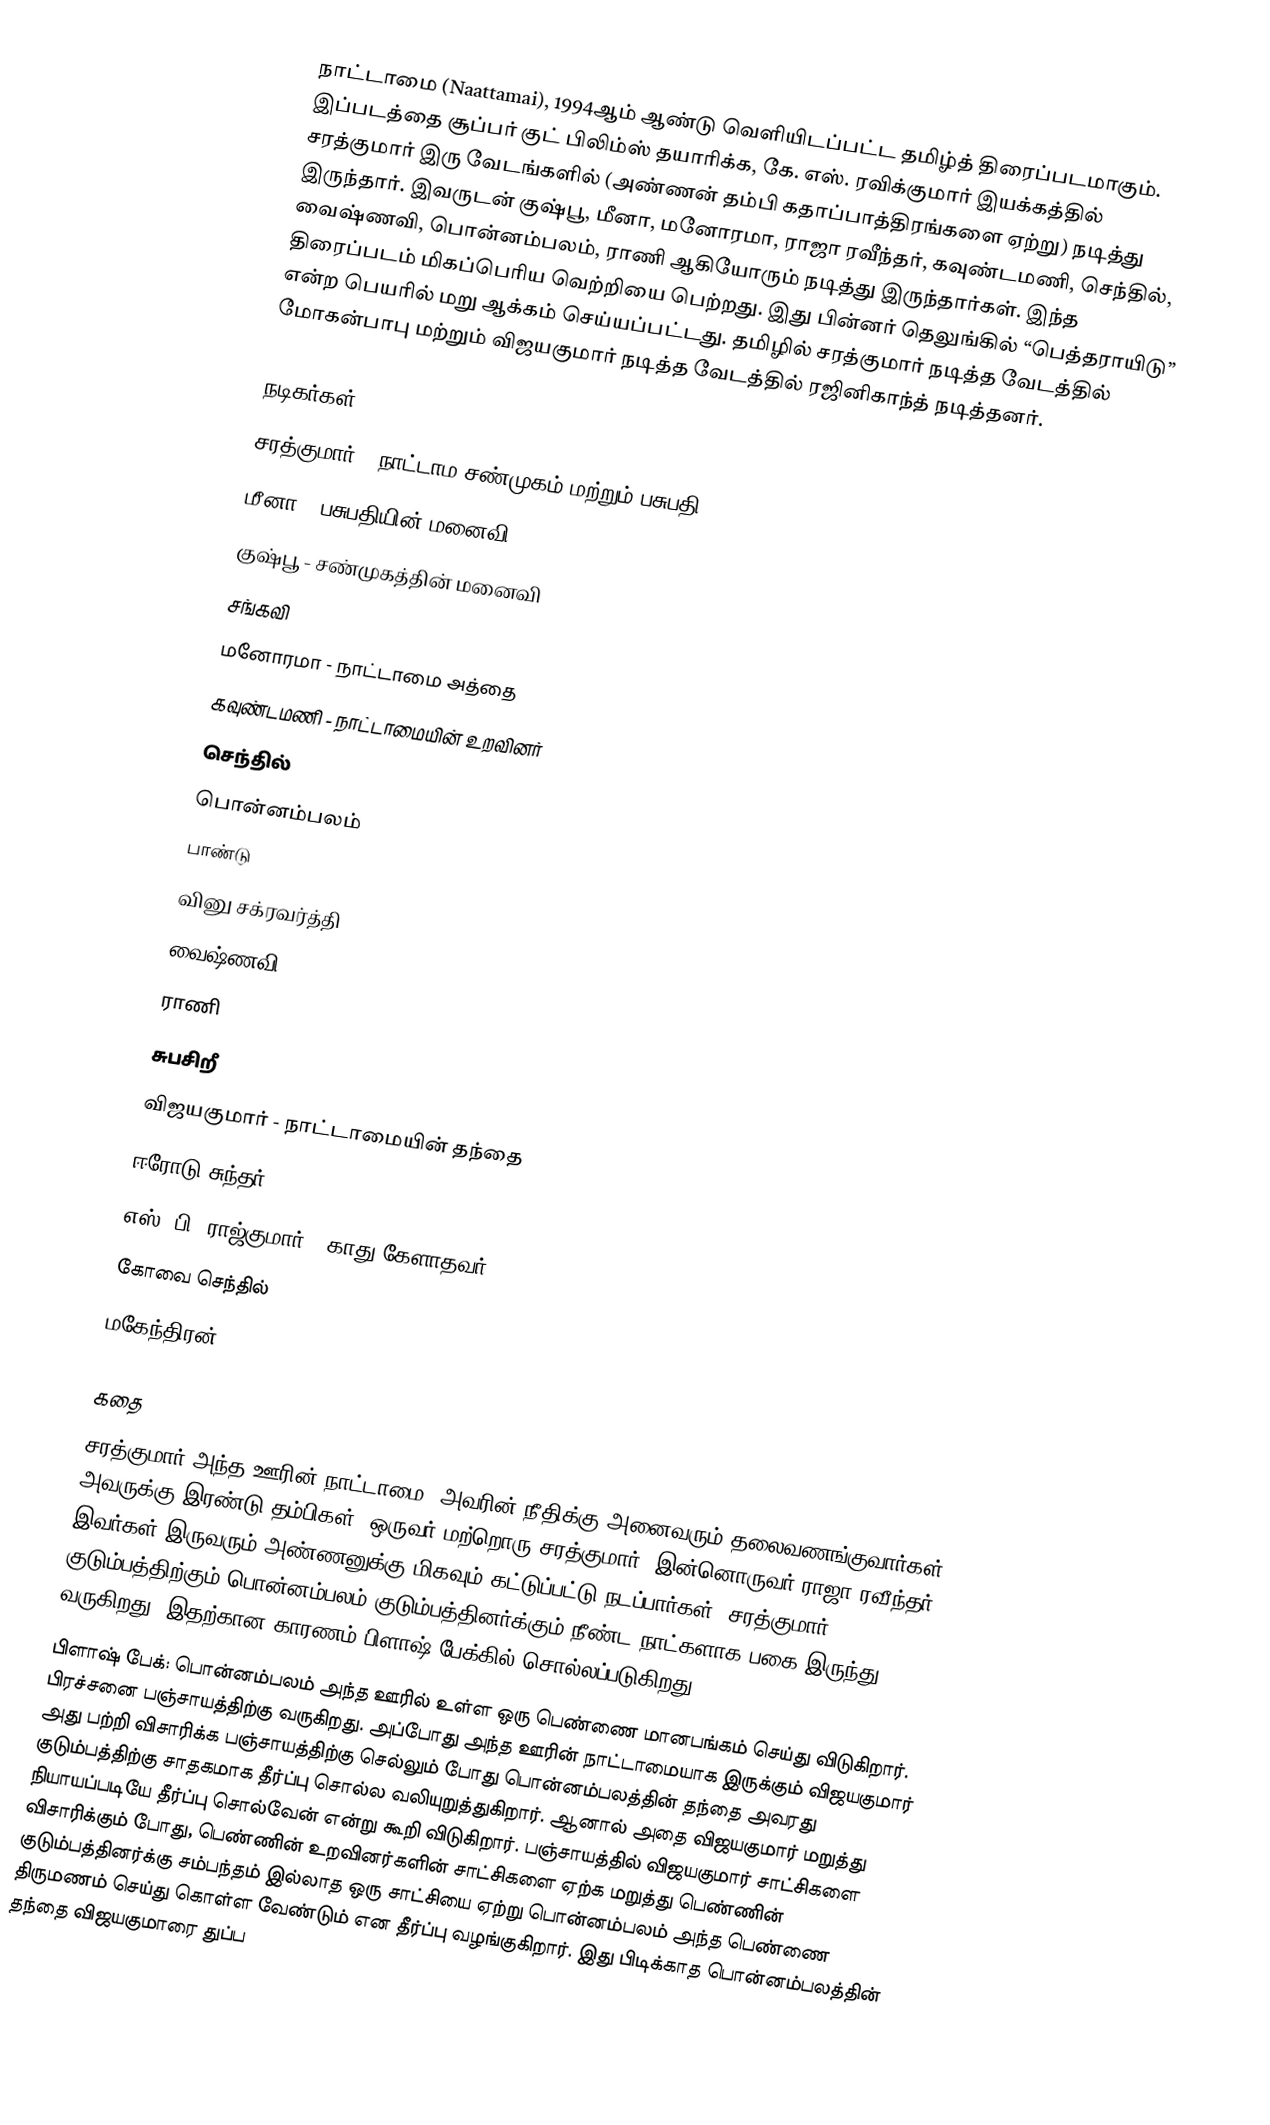
நாட்டாமை (Naattamai), 1994ஆம் ஆண்டு வெளியிடப்பட்ட தமிழ்த் திரைப்படமாகும். இப்படத்தை சூப்பர் குட் பிலிம்ஸ் தயாரிக்க, கே. எஸ். ரவிக்குமார் இயக்கத்தில் சரத்குமார் இரு வேடங்களில் (அண்ணன் தம்பி கதாப்பாத்திரங்களை ஏற்று) நடித்து இருந்தார். இவருடன் குஷ்பூ, மீனா, மனோரமா, ராஜா ரவீந்தர், கவுண்டமணி, செந்தில், வைஷ்ணவி, பொன்னம்பலம், ராணி ஆகியோரும் நடித்து இருந்தார்கள். இந்த திரைப்படம் மிகப்பெரிய வெற்றியை பெற்றது. இது பின்னர் தெலுங்கில் “பெத்தராயிடு” என்ற பெயரில் மறு ஆக்கம் செய்யப்பட்டது. தமிழில் சரத்குமார் நடித்த வேடத்தில் மோகன்பாபு மற்றும் விஜயகுமார் நடித்த வேடத்தில் ரஜினிகாந்த் நடித்தனர்.

நடிகர்கள்
 சரத்குமார் - நாட்டாம சண்முகம் மற்றும் பசுபதி
 மீனா - பசுபதியின் மனைவி
 குஷ்பூ - சண்முகத்தின் மனைவி
 சங்கவி
 மனோரமா - நாட்டாமை அத்தை
 கவுண்டமணி - நாட்டாமையின் உறவினர்
 செந்தில்
 பொன்னம்பலம்
 பாண்டு
 வினு சக்ரவர்த்தி
 வைஷ்ணவி
 ராணி
 சுபசிறீ
 விஜயகுமார் - நாட்டாமையின் தந்தை
 ஈரோடு சுந்தர்
 எஸ். பி. ராஜ்குமார் - காது கேளாதவர்
 கோவை செந்தில்
 மகேந்திரன்

கதை
சரத்குமார் அந்த ஊரின் நாட்டாமை. அவரின் நீதிக்கு அனைவரும் தலைவணங்குவார்கள். அவருக்கு இரண்டு தம்பிகள். ஒருவர் மற்றொரு சரத்குமார். இன்னொருவர் ராஜா ரவீந்தர். இவர்கள் இருவரும் அண்ணனுக்கு மிகவும் கட்டுப்பட்டு நடப்பார்கள். சரத்குமார் குடும்பத்திற்கும் பொன்னம்பலம் குடும்பத்தினர்க்கும் நீண்ட நாட்களாக பகை இருந்து வருகிறது. இதற்கான காரணம் பிளாஷ் பேக்கில் சொல்லப்படுகிறது.
பிளாஷ் பேக்: பொன்னம்பலம் அந்த ஊரில் உள்ள ஒரு பெண்ணை மானபங்கம் செய்து விடுகிறார். பிரச்சனை பஞ்சாயத்திற்கு வருகிறது. அப்போது அந்த ஊரின் நாட்டாமையாக இருக்கும் விஜயகுமார் அது பற்றி விசாரிக்க பஞ்சாயத்திற்கு செல்லும் போது பொன்னம்பலத்தின் தந்தை அவரது குடும்பத்திற்கு சாதகமாக தீர்ப்பு சொல்ல வலியுறுத்துகிறார். ஆனால் அதை விஜயகுமார் மறுத்து நியாயப்படியே தீர்ப்பு சொல்வேன் என்று கூறி விடுகிறார். பஞ்சாயத்தில் விஜயகுமார் சாட்சிகளை விசாரிக்கும் போது, பெண்ணின் உறவினர்களின் சாட்சிகளை ஏற்க மறுத்து பெண்ணின் குடும்பத்தினர்க்கு சம்பந்தம் இல்லாத ஒரு சாட்சியை ஏற்று பொன்னம்பலம் அந்த பெண்ணை திருமணம் செய்து கொள்ள வேண்டும் என தீர்ப்பு வழங்குகிறார். இது பிடிக்காத பொன்னம்பலத்தின் தந்தை விஜயகுமாரை துப்ப